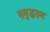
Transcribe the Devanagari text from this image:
समृद्धतम